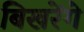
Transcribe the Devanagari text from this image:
बिखरेंगे